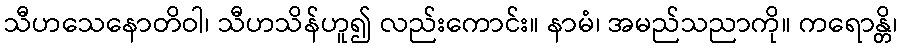
သီဟသေနောတိဝါ၊ သီဟသိန်ဟူ၍ လည်းကောင်း။ နာမံ၊ အမည်သညာကို။ ကရောန္တိ၊